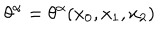
LaTeX: \theta ^ { \alpha } = \theta ^ { \alpha } ( x _ { 0 } , x _ { 1 } , x _ { 2 } )